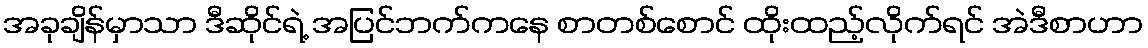
အခုချိန်မှာသာ ဒီဆိုင်ရဲ့ အပြင်ဘက်ကနေ စာတစ်စောင် ထိုးထည့်လိုက်ရင် အဲဒီစာဟာ